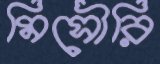
মিসৌরি